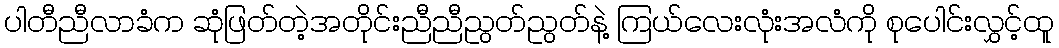
ပါတီညီလာခံက ဆုံဖြတ်တဲ့အတိုင်းညီညီညွတ်ညွတ်နဲ့ ကြယ်လေးလုံးအလံကို စုပေါင်းလွှင့်ထူ